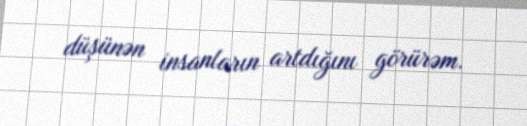
düşünən insanların artdığını görürəm.